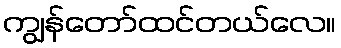
ကျွန်တော်ထင်တယ်လေ။